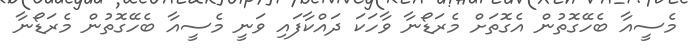
މެސީއާ ބެހޭގޮތުން އެގޮތަށް މެރަޑޯނާ ވާހަކަ ދައްކާފައި ވަނީ މެސީއާ ބެހޭގޮތުން މެރަޑޯނާ